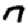
Digit: 7